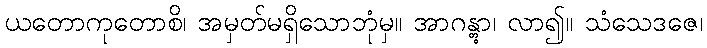
ယတောကုတောစိ၊ အမှတ်မရှိသောဘုံမှ။ အာဂန္တွာ၊ လာ၍။ သံသေဒဇေ၊